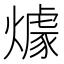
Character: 㷾